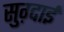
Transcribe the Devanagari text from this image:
सुग़्दाई